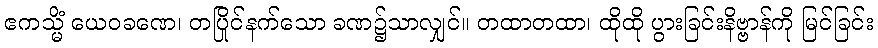
ဧကသ္မိံ ယေဝခဏေ၊ တပြိုင်နက်သော ခဏ၌သာလျှင်။ တထာတထာ၊ ထိုထို ပွားခြင်းနိဗ္ဗာန်ကို မြင်ခြင်း